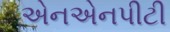
એનએનપીટી